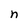
Character: n